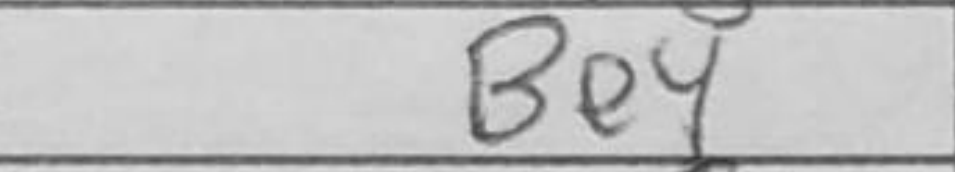
Transcription: Be4